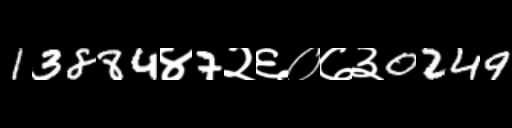
Text: 13884४7२६०७३0249